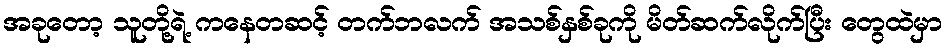
အခုတော့ သူတို့ရဲ့ ကနေတဆင့် တက်ဘလက် အသစ်နှစ်ခုကို မိတ်ဆက်လိုက်ပြီး တွေထဲမှာ